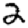
Digit: 2